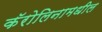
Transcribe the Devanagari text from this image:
कॅरोलिनामधील